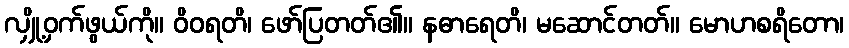
လျှို့ဝှက်ဖွယ်ကို။ ဝိဝရတိ၊ ဖော်ပြတတ်၏။ နဓာရေတိ၊ မဆောင်တတ်။ မောဟစရိတော၊